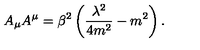
A _ { \mu } A ^ { \mu } = \beta ^ { 2 } \left( \frac { \lambda ^ { 2 } } { 4 m ^ { 2 } } - m ^ { 2 } \right) .